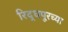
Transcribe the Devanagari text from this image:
रिद्धपूरच्या